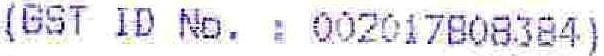
(GST ID NO. : 002017808384)